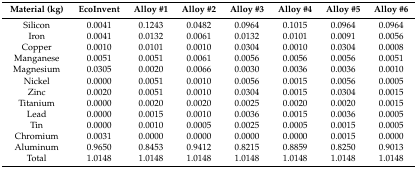
<table><thead><tr><td><b>Material (kg)</b></td><td><b>EcoInvent</b></td><td><b>Alloy #1</b></td><td><b>Alloy #2</b></td><td><b>Alloy #3</b></td><td><b>Alloy #4</b></td><td><b>Alloy #5 </b></td><td><b>Alloy #6</b></td></tr></thead><tbody><tr><td>Silicon</td><td>0.0041</td><td>0.1243</td><td>0.0482</td><td>0.0964</td><td>0.1015</td><td>0.0964</td><td>0.0964</td></tr><tr><td>Iron</td><td>0.0041</td><td>0.0132</td><td>0.0061</td><td>0.0132</td><td>0.0101</td><td>0.0091</td><td>0.0056</td></tr><tr><td>Copper</td><td>0.0010</td><td>0.0101</td><td>0.0010</td><td>0.0304</td><td>0.0010</td><td>0.0304</td><td>0.0008</td></tr><tr><td>Manganese</td><td>0.0051</td><td>0.0051</td><td>0.0061</td><td>0.0056</td><td>0.0056</td><td>0.0056</td><td>0.0051</td></tr><tr><td>Magnesium</td><td>0.0305</td><td>0.0020</td><td>0.0066</td><td>0.0030</td><td>0.0036</td><td>0.0036</td><td>0.0010</td></tr><tr><td>Nickel</td><td>0.0000</td><td>0.0051</td><td>0.0010</td><td>0.0056</td><td>0.0015</td><td>0.0056</td><td>0.0005</td></tr><tr><td>Zinc</td><td>0.0020</td><td>0.0051</td><td>0.0010</td><td>0.0304</td><td>0.0015</td><td>0.0304</td><td>0.0015</td></tr><tr><td>Titanium</td><td>0.0000</td><td>0.0020</td><td>0.0020</td><td>0.0025</td><td>0.0020</td><td>0.0020</td><td>0.0015</td></tr><tr><td>Lead</td><td>0.0000</td><td>0.0015</td><td>0.0010</td><td>0.0036</td><td>0.0015</td><td>0.0036</td><td>0.0005</td></tr><tr><td>Tin</td><td>0.0000</td><td>0.0010</td><td>0.0005</td><td>0.0025</td><td>0.0005</td><td>0.0015</td><td>0.0005</td></tr><tr><td>Chromium</td><td>0.0031</td><td>0.0000</td><td>0.0000</td><td>0.0000</td><td>0.0000</td><td>0.0015</td><td>0.0000</td></tr><tr><td>Aluminum</td><td>0.9650</td><td>0.8453</td><td>0.9412</td><td>0.8215</td><td>0.8859</td><td>0.8250</td><td>0.9013</td></tr><tr><td>Total</td><td>1.0148</td><td>1.0148</td><td>1.0148</td><td>1.0148</td><td>1.0148</td><td>1.0148</td><td>1.0148</td></tr></tbody></table>